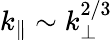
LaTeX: k_{\parallel}\sim k_{\perp}^{2/3}